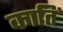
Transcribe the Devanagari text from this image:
कातिं